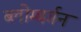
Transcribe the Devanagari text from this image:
ब्लोम्बर्गन